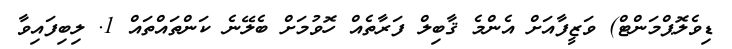
ޑިވެލޮޕްމަންޓް) ވަޒީފާއަށް އެންމެ ޤާބިލް ފަރާތެއް ހޮވުމަށް ބެލޭނެ ކަންތައްތައް 1. ލިބިފައިވާ